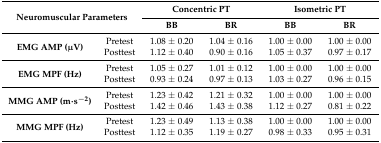
<table><thead><tr><td rowspan="2" colspan="2"><b>Neuromuscular Parameters</b></td><td colspan="2"><b>Concentric PT</b></td><td colspan="2"><b>Isometric PT</b></td></tr><tr><td><b>BB</b></td><td><b>BR</b></td><td><b>BB</b></td><td><b>BR</b></td></tr></thead><tbody><tr><td rowspan="2"><b>EMG AMP (μV)</b></td><td>Pretest</td><td>1.08 ± 0.20</td><td>1.04 ± 0.16</td><td>1.00 ± 0.00</td><td>1.00 ± 0.00</td></tr><tr><td>Posttest</td><td>1.12 ± 0.40</td><td>0.90 ± 0.16</td><td>1.05 ± 0.37</td><td>0.97 ± 0.17</td></tr><tr><td rowspan="2"><b>EMG MPF (Hz)</b></td><td>Pretest</td><td>1.05 ± 0.27</td><td>1.01 ± 0.12</td><td>1.00 ± 0.00</td><td>1.00 ± 0.00</td></tr><tr><td>Posttest</td><td>0.93 ± 0.24</td><td>0.97 ± 0.13</td><td>1.03 ± 0.27</td><td>0.96 ± 0.15</td></tr><tr><td rowspan="2"><b>MMG AMP (m·s<sup>−2</sup>)</b></td><td>Pretest</td><td>1.23 ± 0.42</td><td>1.21 ± 0.32</td><td>1.00 ± 0.00</td><td>1.00 ± 0.00</td></tr><tr><td>Posttest</td><td>1.42 ± 0.46</td><td>1.43 ± 0.38</td><td>1.12 ± 0.27</td><td>0.81 ± 0.22</td></tr><tr><td rowspan="2"><b>MMG MPF (Hz)</b></td><td>Pretest</td><td>1.23 ± 0.49</td><td>1.13 ± 0.38</td><td>1.00 ± 0.00</td><td>1.00 ± 0.00</td></tr><tr><td>Posttest</td><td>1.12 ± 0.35</td><td>1.19 ± 0.27</td><td>0.98 ± 0.33</td><td>0.95 ± 0.31</td></tr></tbody></table>